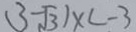
( 3 - \sqrt { 3 } ) \times ( - 3